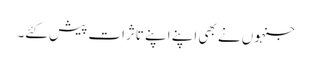
جنہوں نے بھی اپنے اپنے تاثرات پیش کئے۔